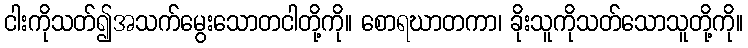
ငါးကိုသတ်၍အသက်မွေးသောတငါတို့ကို။ စောရဃာတကာ၊ ခိုးသူကိုသတ်သောသူတို့ကို။